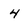
Character: 4